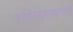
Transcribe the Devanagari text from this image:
वनिताआश्रमचं